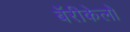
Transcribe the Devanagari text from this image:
बॅरीकेलो